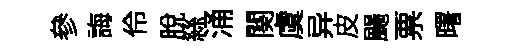
參誨伶脫絲涌闋虞异皮颺票曙